Vabadussoja_Ajaloo_Komitee, lk 62
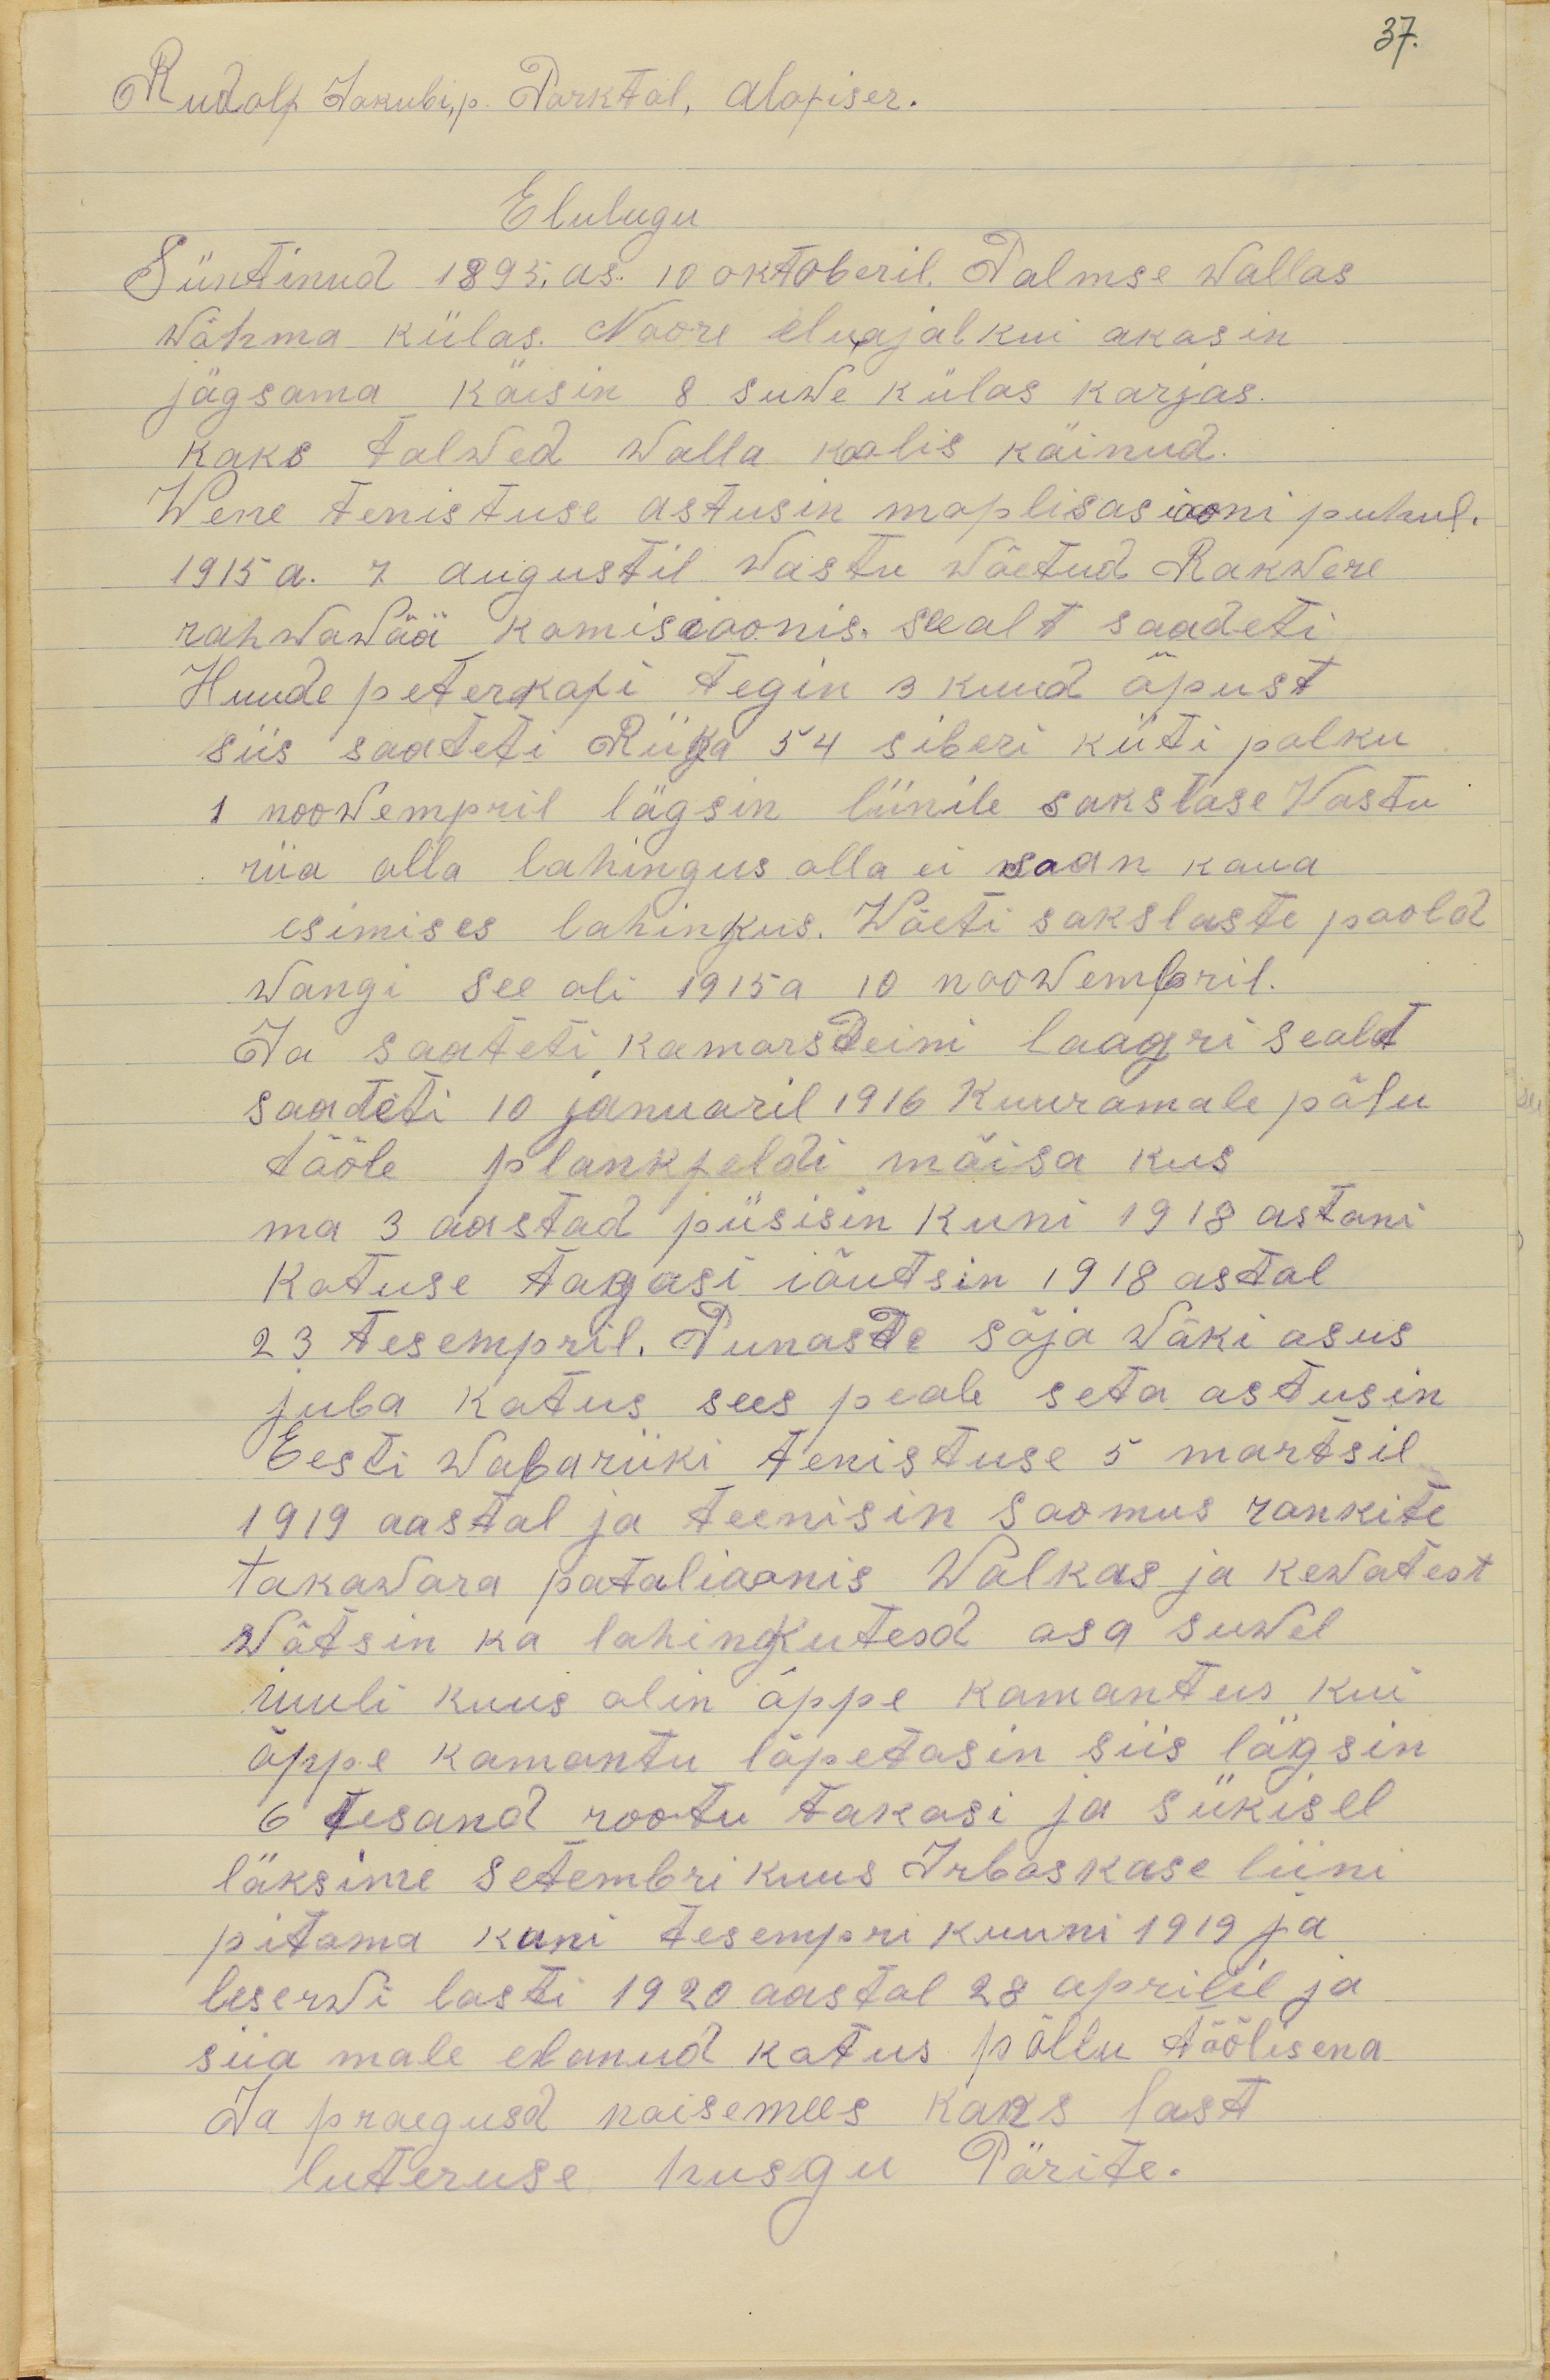
37.
Rudolf Jakubi, p. Parktal, Alofiser.
Elulugu
Süntinud 1895. as . 10 oktoberil Palmse wallas
wähma külas. Noore eluajal kui akasin
jägsama käisin 8 suwe külas karjas.
kaks talwed walla koolis käinud.
Wene tenistuse astusin moplisasiooni puhul.
1915 a. 7. augustil wastu wõetud Rakwere
rahwawää komisioonis. seealt saadeti
Huude peterkofi tegin 3 kuud õpust
siis saadeti Riiga 54 siberi küti polku
1 noowempril lägsin liinile sakslase wastu
riia alla lahingus olla ei saan kaua
esimises lahinkus. Wõeti sakslaste poold
wangi see oli 1915 a 10 noowembril.
Ja saateti kamarsdeini laagri sealt
saadeti 10 januaril 1916 Kuuramale põlu
tööle plankfeldi mõisa kus
ma 3 aastad püsisin kuni 1918 astani
Kotuse tagasi iõutsin 1918 astal
23 tesempri. Punasde sõja wäki asus
juba kotus sees peale seta astusin
Eesti Wabariiki tenistuse 5 martsil
1919 aastal ja teenisin soomus ronkite
takawara patalioonis Walkas ja kewatest
wõtsin ka lahingkutesd osa suwel
iuuli kuus olin õppe kamantus kui
õppe kamantu lõpetasin siis lägsin
6 tesand rootu takasi ja sükisel
läksime setembri kuus Irboskase liini
pitama kuni tesempri kuuni 1919 ja
leserwi lasti 1920 aastal 28 aprilil ja
siia male elanud kotus põllu töölisena
Ja praegusd naisemees kaks last
luteruse husgu Pärite.